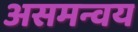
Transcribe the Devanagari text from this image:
असमन्वय